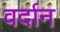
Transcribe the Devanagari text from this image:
वर्दान